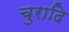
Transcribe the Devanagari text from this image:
चुरादि